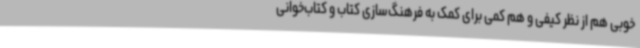
خوبی هم از نظر کیفی و هم کمی برای کمک به فرهنگ‌سازی کتاب و کتاب‌خوانی